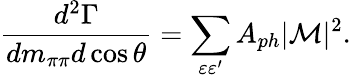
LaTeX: {\frac{d^{2}\Gamma}{dm_{\pi\pi}d\cos\theta}}=\sum_{\varepsilon\varepsilon^{\prime}}A_{ph}|{\cal M}|^{2}.